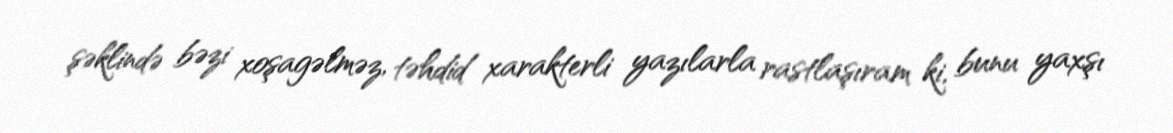
şəklində bəzi xoşagəlməz, təhdid xarakterli yazılarla rastlaşıram ki, bunu yaxşı